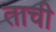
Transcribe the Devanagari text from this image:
ताची